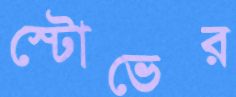
স্টোভের